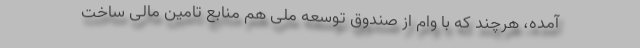
آمده، هرچند که با وام از صندوق توسعه ملی هم منابع تامین مالی ساخت